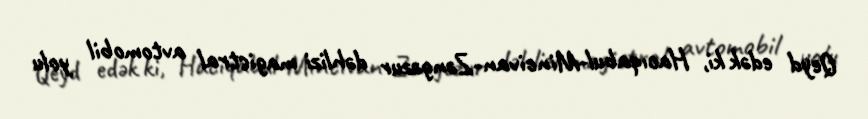
Qeyd edək ki, Hacıqabul-Mincivan-Zəngəzur dəhlizi magistral avtomobil yolu